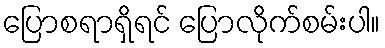
ပြောစရာရှိရင် ပြောလိုက်စမ်းပါ။